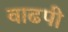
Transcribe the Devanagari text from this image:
वाढपी